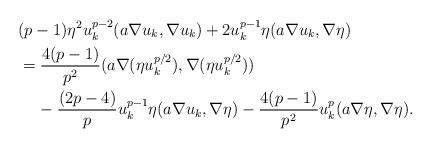
LaTeX: \begin{align*} & (p-1)\eta^2 u_k^{p-2}(a\nabla u_k,\nabla u_k)+2u_k^{p-1}\eta (a\nabla u_k,\nabla \eta) \\ & = \frac{4(p-1)}{p^2}(a\nabla (\eta u_k^{p/2}),\nabla (\eta u_k^{p/2}))\\ & \;\;\;\; - \frac{(2p-4)}{p} u_k^{p-1}\eta(a\nabla u_k,\nabla \eta)-\frac{4(p-1)}{p^2} u_k^p(a\nabla \eta,\nabla \eta). \end{align*}